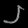
Digit: ၂